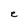
Character: e